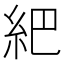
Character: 紦